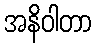
အနိဝါတာ